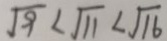
\sqrt { 9 } < \sqrt { 1 1 } < \sqrt { 1 6 }